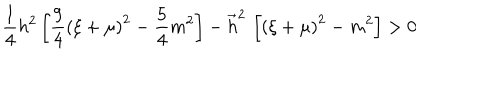
\frac 1 4 h ^ { 2 } \left[ \frac 9 4 \left( \xi + \mu \right) ^ { 2 } - \frac 5 4 m ^ { 2 } \right] - \vec { h } ^ { 2 } \, \left[ \left( \xi + \mu \right) ^ { 2 } - m ^ { 2 } \right] > 0